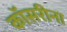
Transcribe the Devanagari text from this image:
कॉसरीना